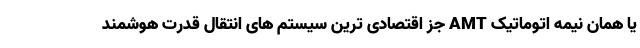
یا همان نیمه اتوماتیک AMT جز اقتصادی ترین سیستم های انتقال قدرت هوشمند